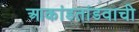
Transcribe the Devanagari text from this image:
आकांडतांडवाची